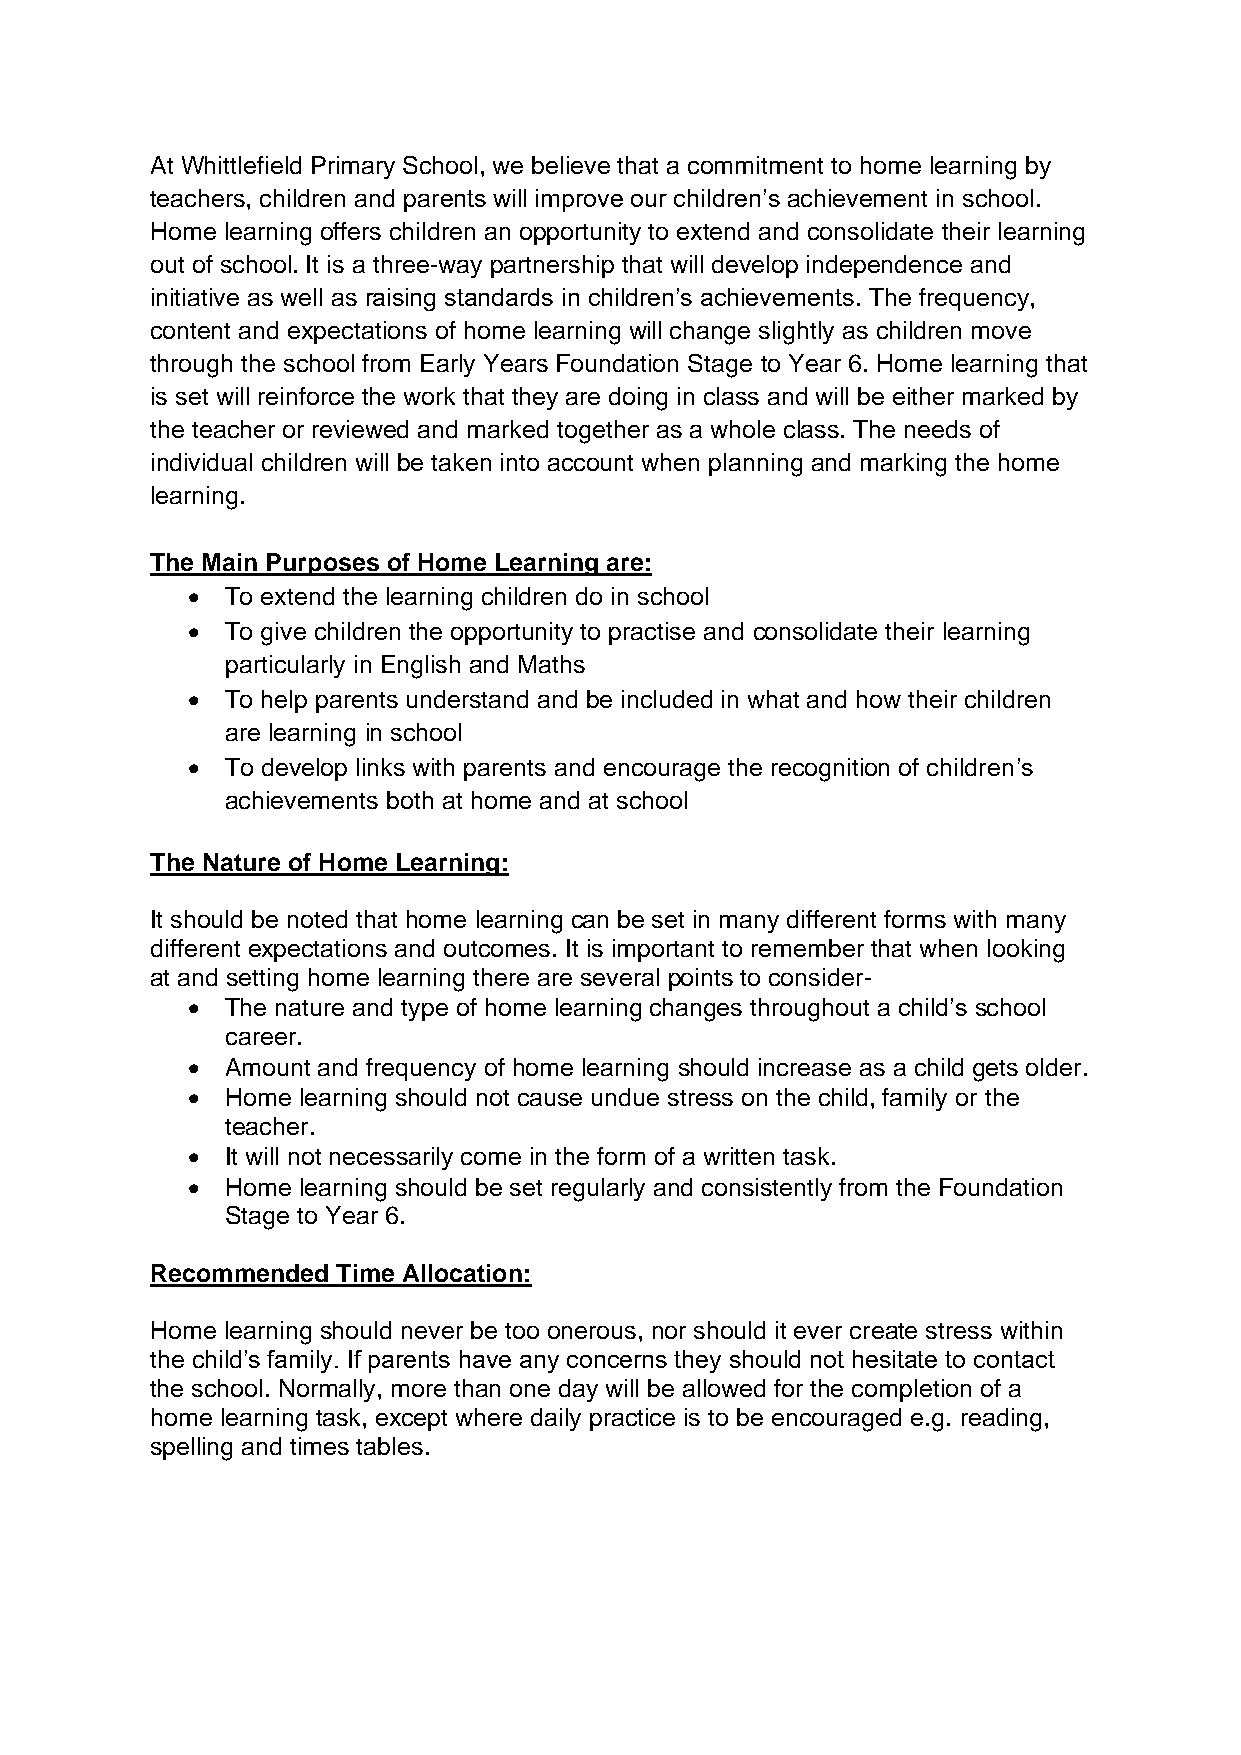
At Whittlefield Primary School, we believe that a commitment to home learning by
 teachers, children and parents will improve our children’s achievement in school.
 Home learning offers children an opportunity to extend and consolidate their learning
 out of school. It is a three-way partnership that will develop independence and
 initiative as well as raising standards in children’s achievements. The frequency,
 content and expectations of home learning will change slightly as children move
 through the school from Early Years Foundation Stage to Year 6. Home learning that
 is set will reinforce the work that they are doing in class and will be either marked by
 the teacher or reviewed and marked together as a whole class. The needs of
 individual children will be taken into account when planning and marking the home
 learning.
 The Main Purposes of Home Learning are:
 •  To extend the learning children do in school
 •  To give children the opportunity to practise and consolidate their learning
 particularly in English and Maths
 •  To help parents understand and be included in what and how their children
 are learning in school
 •  To develop links with parents and encourage the recognition of children’s
 achievements both at home and at school
 The Nature of Home Learning:
 It should be noted that home learning can be set in many different forms with many
 different expectations and outcomes. It is important to remember that when looking
 at and setting home learning there are several points to consider-
 •  The nature and type of home learning changes throughout a child’s school
 career.
 •  Amount and frequency of home learning should increase as a child gets older.
 •  Home learning should not cause undue stress on the child, family or the
 teacher.
 •  It will not necessarily come in the form of a written task.
 •  Home learning should be set regularly and consistently from the Foundation
 Stage to Year 6.
 Recommended Time Allocation:
 Home learning should never be too onerous, nor should it ever create stress within
 the child’s family. If parents have any concerns they should not hesitate to contact
 the school. Normally, more than one day will be allowed for the completion of a
 home learning task, except where daily practice is to be encouraged e.g. reading,
 spelling and times tables.